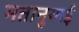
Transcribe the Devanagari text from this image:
मतानुयाई